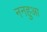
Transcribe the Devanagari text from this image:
ननहुआ